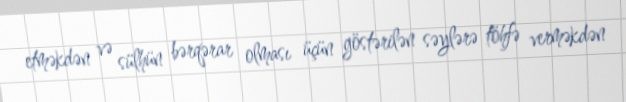
etməkdən və sülhün bərqərar olması üçün göstərilən səylərə töhfə verməkdən